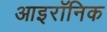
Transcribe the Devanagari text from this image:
आइरॉनिक